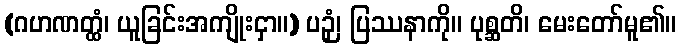
(ဂဟဏတ္ထံ၊ ယူခြင်းအကျိုးငှာ။) ပဉှံ၊ ပြဿနာကို။ ပုစ္ဆတိ၊ မေးတော်မူ၏။